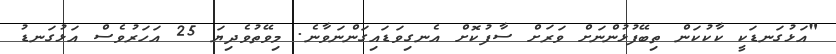
"އަޅުގަނޑަކީ ކާކުކަން ތިބޭފުޅުންނަށް ވަރަށް ސާފުކޮށް އެނގިވަޑައިގަންނަވާނެ. މިވޭތުވެދިޔަ 25 އަހަރުވެސް އަޅުގަނޑު